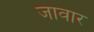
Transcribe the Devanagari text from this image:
जावार